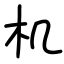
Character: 机